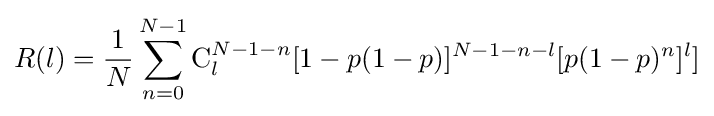
R(l)={\frac {1}{N}}\sum _{n=0}^{N-1}\mathrm {C} _{l}^{N-1-n}[1-p(1-p)]^{N-1-n-l}[p(1-p)^{n}]^{l}]